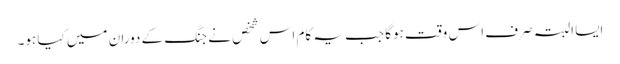
ایسا البتہ صرف اس وقت ہوگا جب یہ کام اس شخص نے جنگ کے دوران میں کیا ہو۔